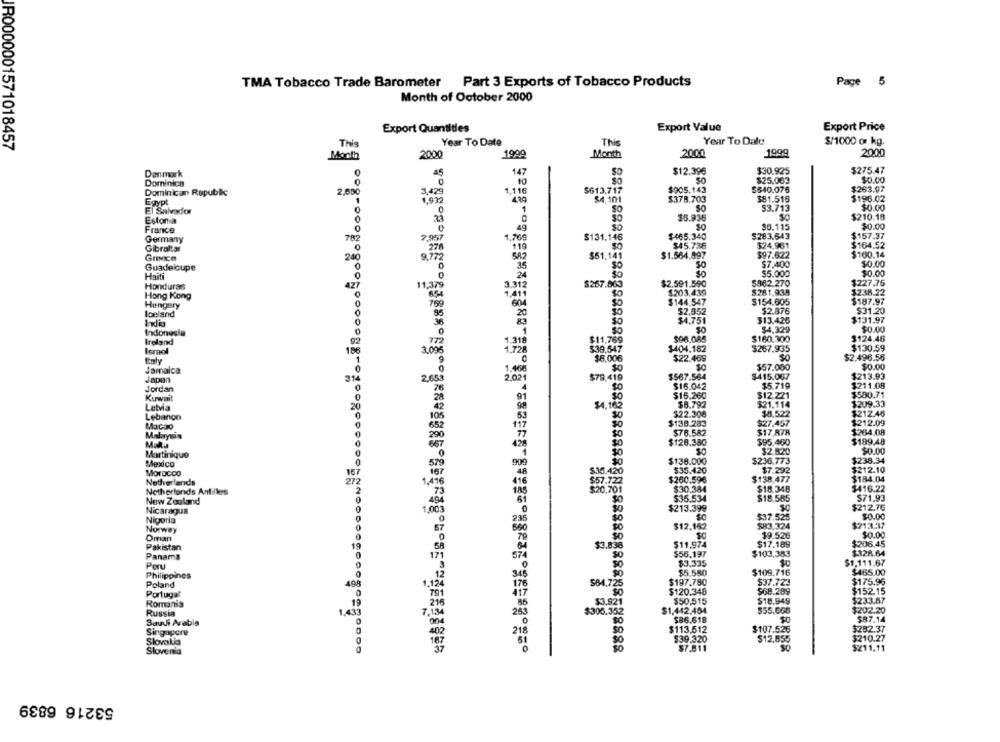
TMA Tobacco Trade Barometer Part 3 Exports of Tobacco Products
Page 5
Month of October 2000
Export Value
Export Price
Export Quantities
Year To Date
This
Year To Dale
$/1000 or kg.
IR0000001571018457
This
Month
2000
1999
Month
2000
1999
2000
147
$12.396
$30.925
$275.47
Denmark
0
45
SO
SO
$25.063
$0.00
Dominica
10
Dominican Republic
2,000
3.429
1,116
$613.717
$905.143
$540.076
$263.97
Egypt
1,932
$4.101
$378.703
381.516
$196.02
50
53.713
$0.00
El Salvador
SO
$5.936
30
$210.18
Estonia
France
36.115
$0.00
782
2.957
1.769
$131.146
$465.340
$283.643
$157.37
Germany
$45.736
$24.961
$164,52
Gibraltar
270
119
SO
$100.14
Grace
24
9.772
SA2
$51,141
$1.564.097
$97.622
Guadeloupe
36
50
$7.400
$0.00
Haiti
0
$5.000
$0.00
24
5962.270
$227.75
Honduras
11,379
3.312
$257.863
$2.591.590
Hong Kong
$203,439
$281.935
$238.22
Hungary
$144,547
$154.605
$187.97
$2.876
$31.20
Iceland
20
$13.425
$131.97
Indonesia
50
$4,329
$0.00
Ireland
772
1.318
$11,769
$160.300
$124.46
$39,547
$404.182
$267.935
$130.59
Israel
3.098
1.728
So
$2.496.56
Enly
$8,006
Jamaica
1.400
$57.000
$0.00
Japan
2.021
$79,419
$415.087
$213.93
2,650
$16.042
$5.719
$211.08
Jordan
$590.71
Kuwait
91
$12.221
Latvia
20
34. 163
$8.792
$21.114
$209.33
Lebanon
$0
$22.308
$8,522
$212.46
$138.283
$27.457
$212.09
Macao
$17.878
$264.08
Malaysis
290
SO
$76.582
Malu
$128.380
$95.460
$199.48
$0
$2.820
$0.00
Martinique
$236.773
$238.34
Mexico
579
909
30
$35.420
MOTOCCO
167
$7.292
$212.10
Netherlands
272
1,416
857.722
$260.596
$138.477
$184.04
Netherlands Antilles
$20.761
$30.384
$18.348
$416.22
$18.585
$71.93
New Zouland
Nicaragua
1,00
$213.399
$212.76
Nigeria
$37.525
$0.00
$12,152
$83.324
$213.37
Norwey
$9.526
$0.00
Oman
$206.45
Pakistan
$3.838
$11,974
$17.189
Panama
50
$56.197
$103,383
$328.64
Peru
$3,335
$1.111.67
$5.550
$109.716
$465.00
Philippines
Poland
198
$197.780
$37.723
Portugal
SO
$120.348
$68.289
$152.15
19
$50,515
$18.949
$233.87
Romania
$3,921
$55,668
$202.20
Russia
1.433
7.
$306.352
$1,442.404
Saudi Arabia
$86.618
$87.14
Singapore
SO
$113,512
$107.526
$282.37
$39,320
$12,855
3210.27
Slovakia
Slovenia
$0
$7.511
3211.11
53216 6839